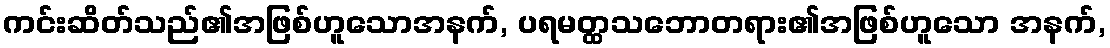
ကင်းဆိတ်သည်၏အဖြစ်ဟူသောအနက်, ပရမတ္ထသဘောတရား၏အဖြစ်ဟူသော အနက်,